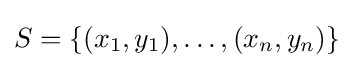
S=\{(x_{1},y_{1}),\ldots ,(x_{n},y_{n})\}